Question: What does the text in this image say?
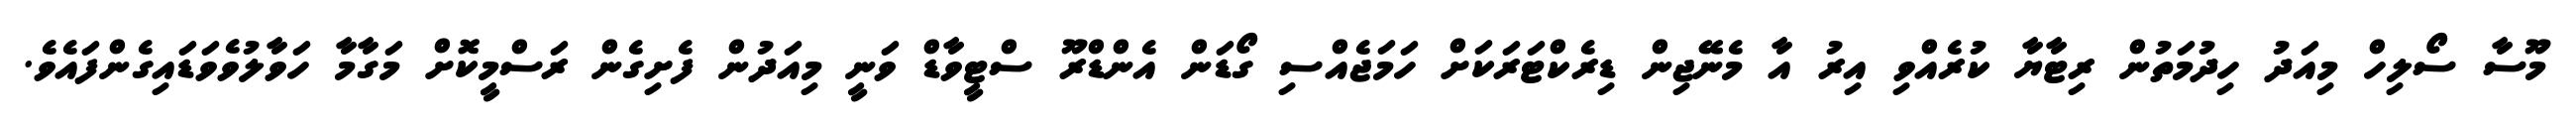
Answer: މޫސާ ސޯލިހް މިއަދު ހިދުމަތުން ރިޓާޔާ ކުރެއްވި އިރު އާ މެނޭޖިން ޑިރެކްޓަރަކަށް ހަމަޖެއްސި ގޯޑަން އެންޑްރޫ ސްޓީވާޑް ވަނީ މިއަދުން ފެށިގެން ރަސްމީކޮށް މަގާމާ ހަވާލުވެވަޑައިގެންފައެވެ.